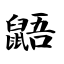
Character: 鼯